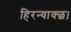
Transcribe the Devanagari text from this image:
हिरन्याक्छ।